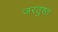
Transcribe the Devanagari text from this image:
जरतुश्त